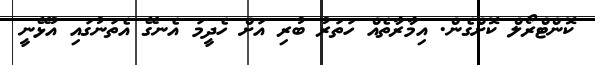
ކޮންޓްރޯލް ކޮށްގެން. އިމާރާތެއް ހަތަރު ބުރި އަށް ހެދީމަ އެނގޭ އެތަނުގައި އުޅޭނީ